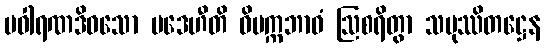
ပဝါရဏဒိဝသော ပဒေဟီတိ ဝိပက္ကဘာဝံ ဩစရိတွာ သမုဿိတဋ္ဌေန